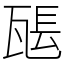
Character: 𤭖